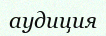
аудиция